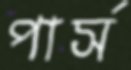
পার্স